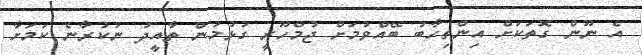
އެ ނޫން ގޮތަކަށް އިންތިހާބު ބޭއްވުމަށް ޖުމްހޫރީ ގުޅުމުން ތާއީދު ނުކުރާނެ ކަމަށާ